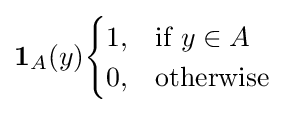
{\textstyle \mathbf {1} _{A}(y){\begin{cases}1,&{\text{if }}y\in A\\0,&{\text{otherwise }}\end{cases}}}